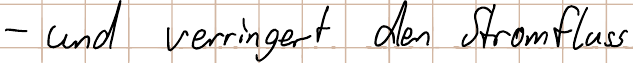
- und verringert den Stromfluss